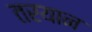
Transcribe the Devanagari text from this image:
तरयान